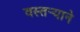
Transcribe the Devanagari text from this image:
वस्तर्‍याने